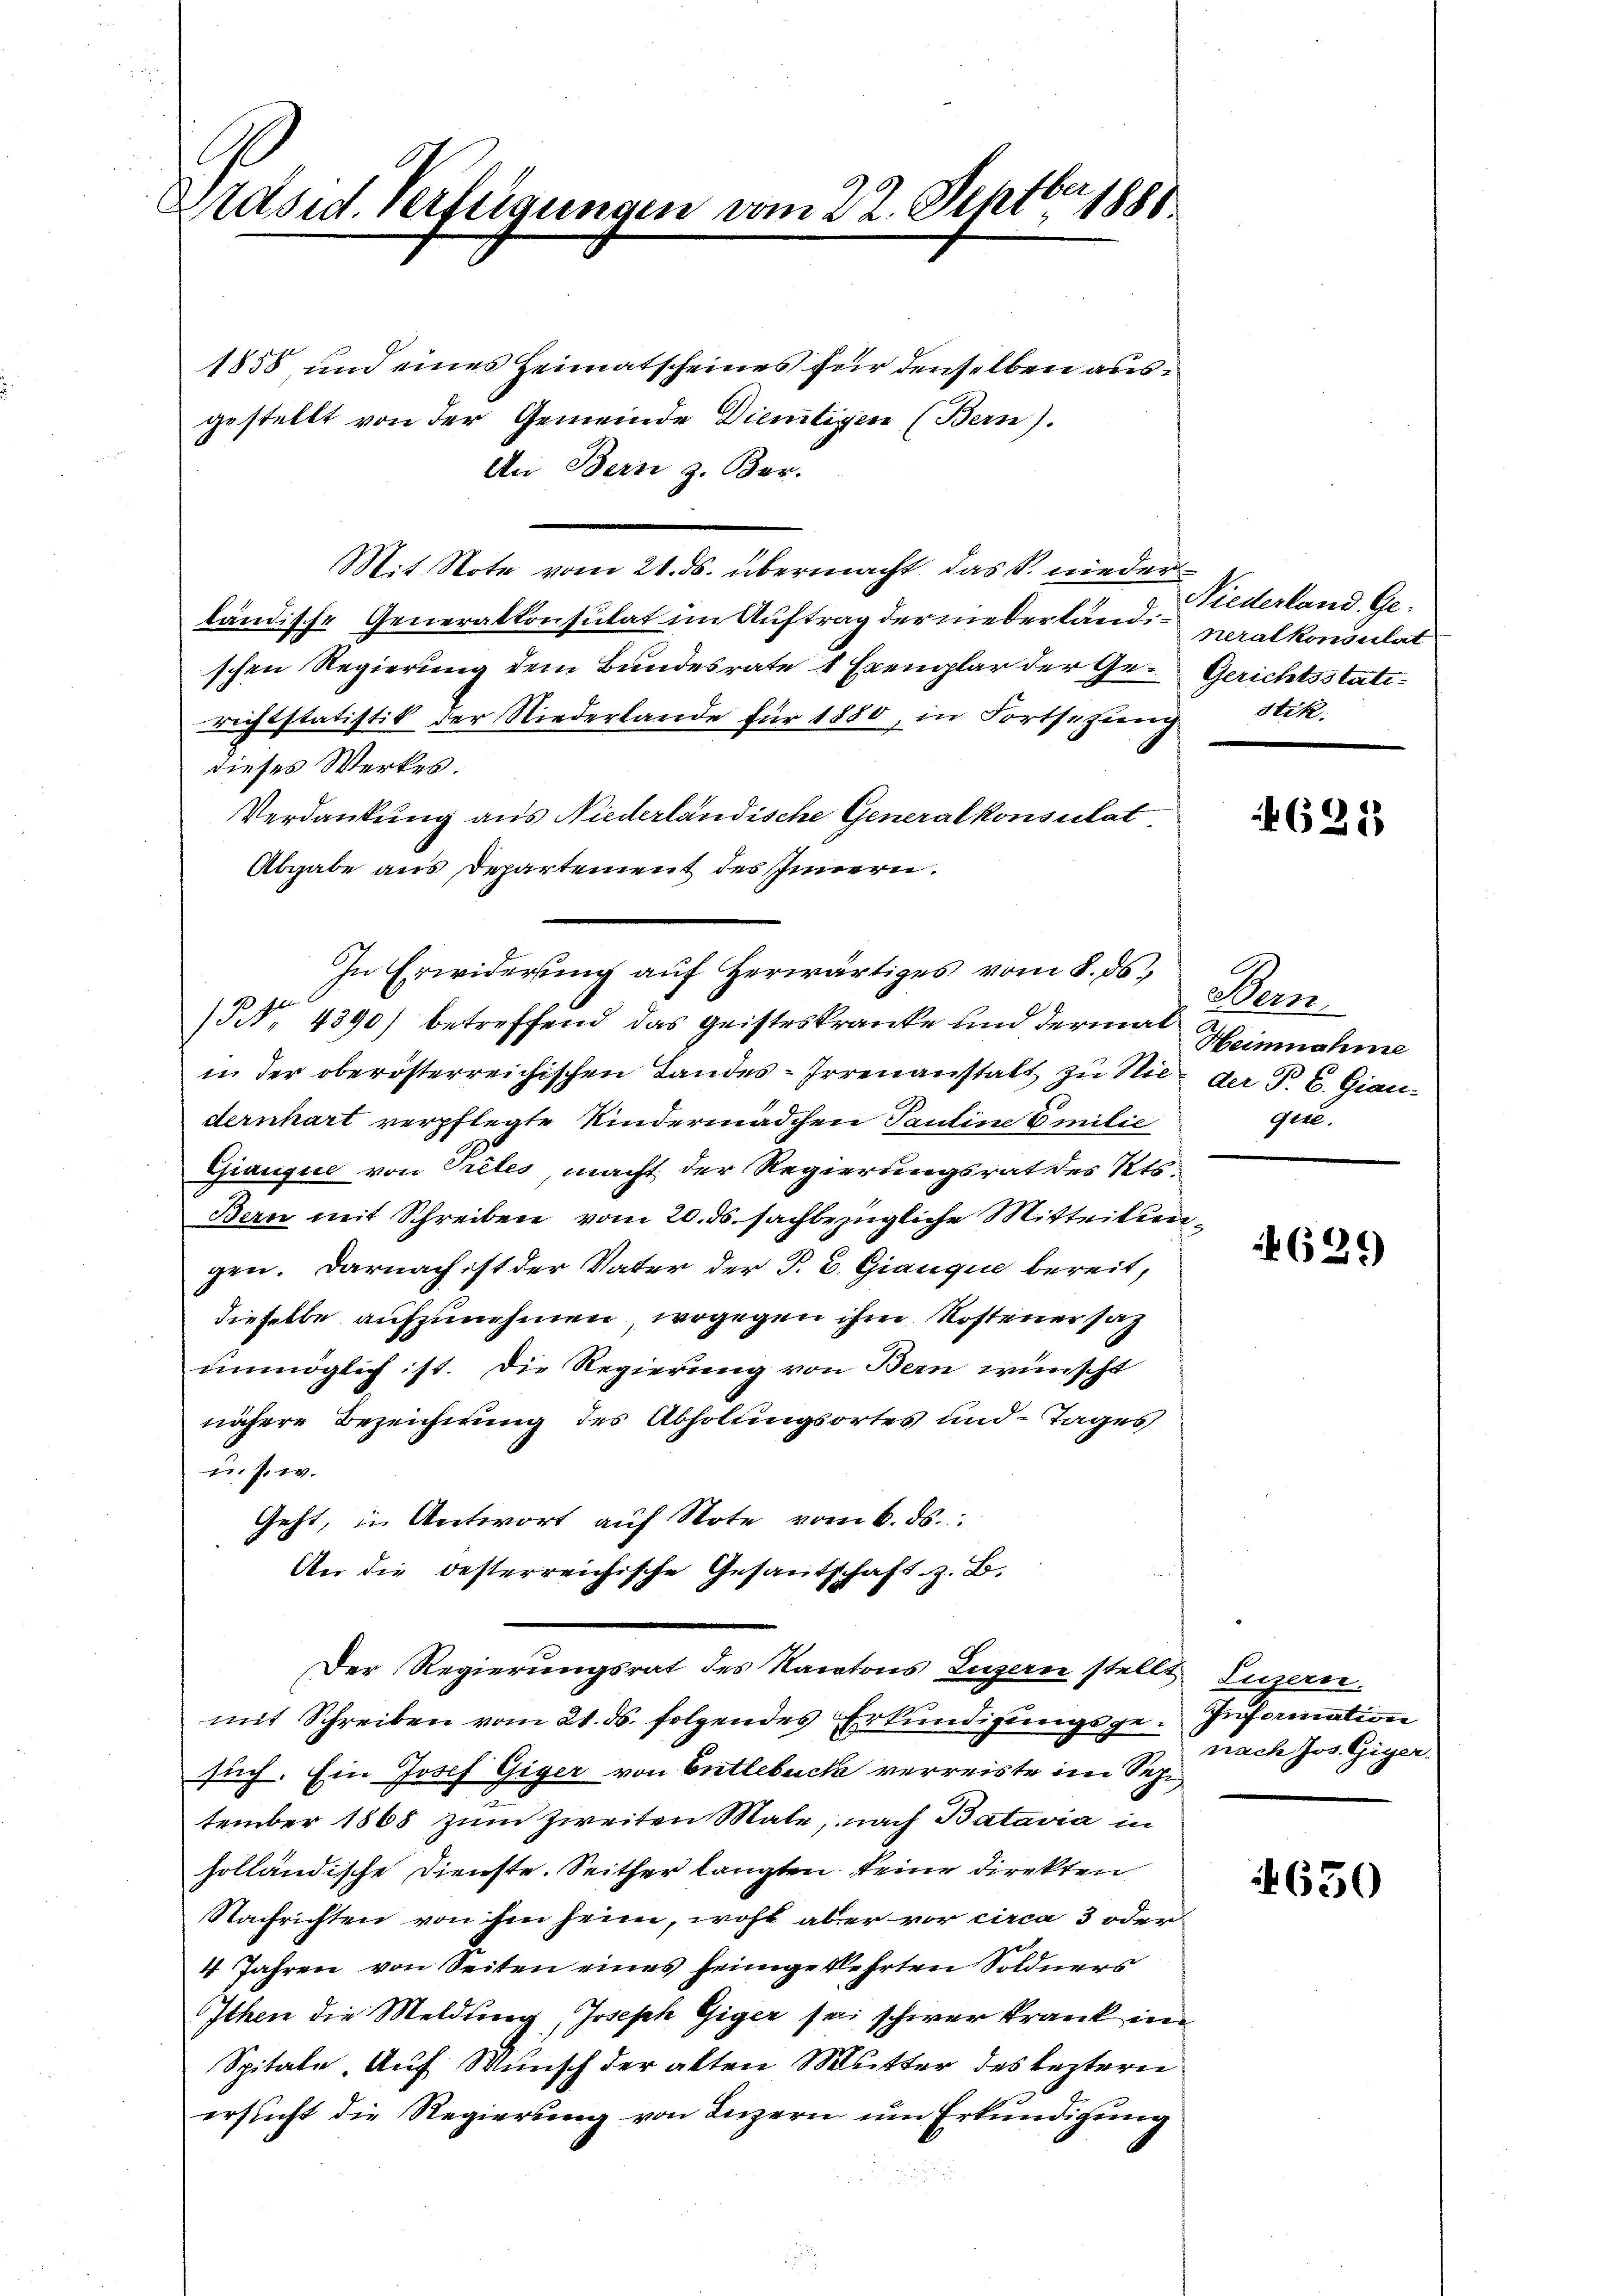
Präsid. Verfügungen vom 22. Septbr. 1888

1858 und eines Heimatscheines für denselben ausgestellt von der Gemeinde Dientigen (Bern).
An Bern z. Ber-
Mit Note vom 21. ds. übermacht, das P. niederländische Generalkonsulat im Auftrag der niederländi- neralkonsulat
schen Regierung dem Bundesrate 1 Exemplar der Gerichtstatistik der Niederlande für 1880, in Fortsezung
dieses Werkes.
Verdankung aus Niederländische Generalkonsulat
Abgabe aus Departement des Innern.
NNo. 4390) betreffend das geisteskranke und dermal Heinnahme
in der oberösterreichischen Landes-Irrenanstalt zu Nieder P. C. Giandernhart verpflegte Kindermädchen Tantine Emilie
Giauque von Pretes, macht der Regierungsrat des Kts.
Bern mit Schreiben vom 20. ds. sachbezügliche Mitteilungen. Darnach ist der Vater der P. C. Gianque bereit,
dieselbe aufzunehmen, wogegen ihm Rostenersat
unmöglich ist. Die Regierung von Bern wünscht
nähere Bezeichnung des Abholungsortes und Tages
u.s.w.
Geht, in Antwort auf Note vom 6. ds.
An die besterreichische Gesantschaft z. B.
Der Regierungsrat des Kantons Luzern stellt Luzern.
mit Schreiben vom 21. ds. folgendes Erkundigungsge-Information
such. Ein Josef Giger von Entlebuch verreiste im Sepi
tember 1868 zum Zweiten Male, nach Batavia in
holländische Dienste. Seither langten keine Direkten
Nachrichten von ihm heim, wohl aber vor circa 3 oder
4 Jahren von Seiten eines feingekehrten Söldners
Ithen die Meldung, Joseph Giger sei schwer krank im
Spitale. Auf Wunsch der alten Mutter des leztern
ersucht die Regierung von Luzern um Erkundigung

In Erwiderung auf Herwärtiges vom 8. ds.

Niederland. Ge¬
Gerichtsstati
Stik.

621

Atom
Gete.

629

nach Jos. Giger

650